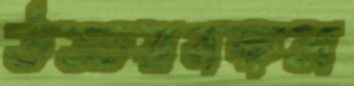
উড্ডয়নক্ষম